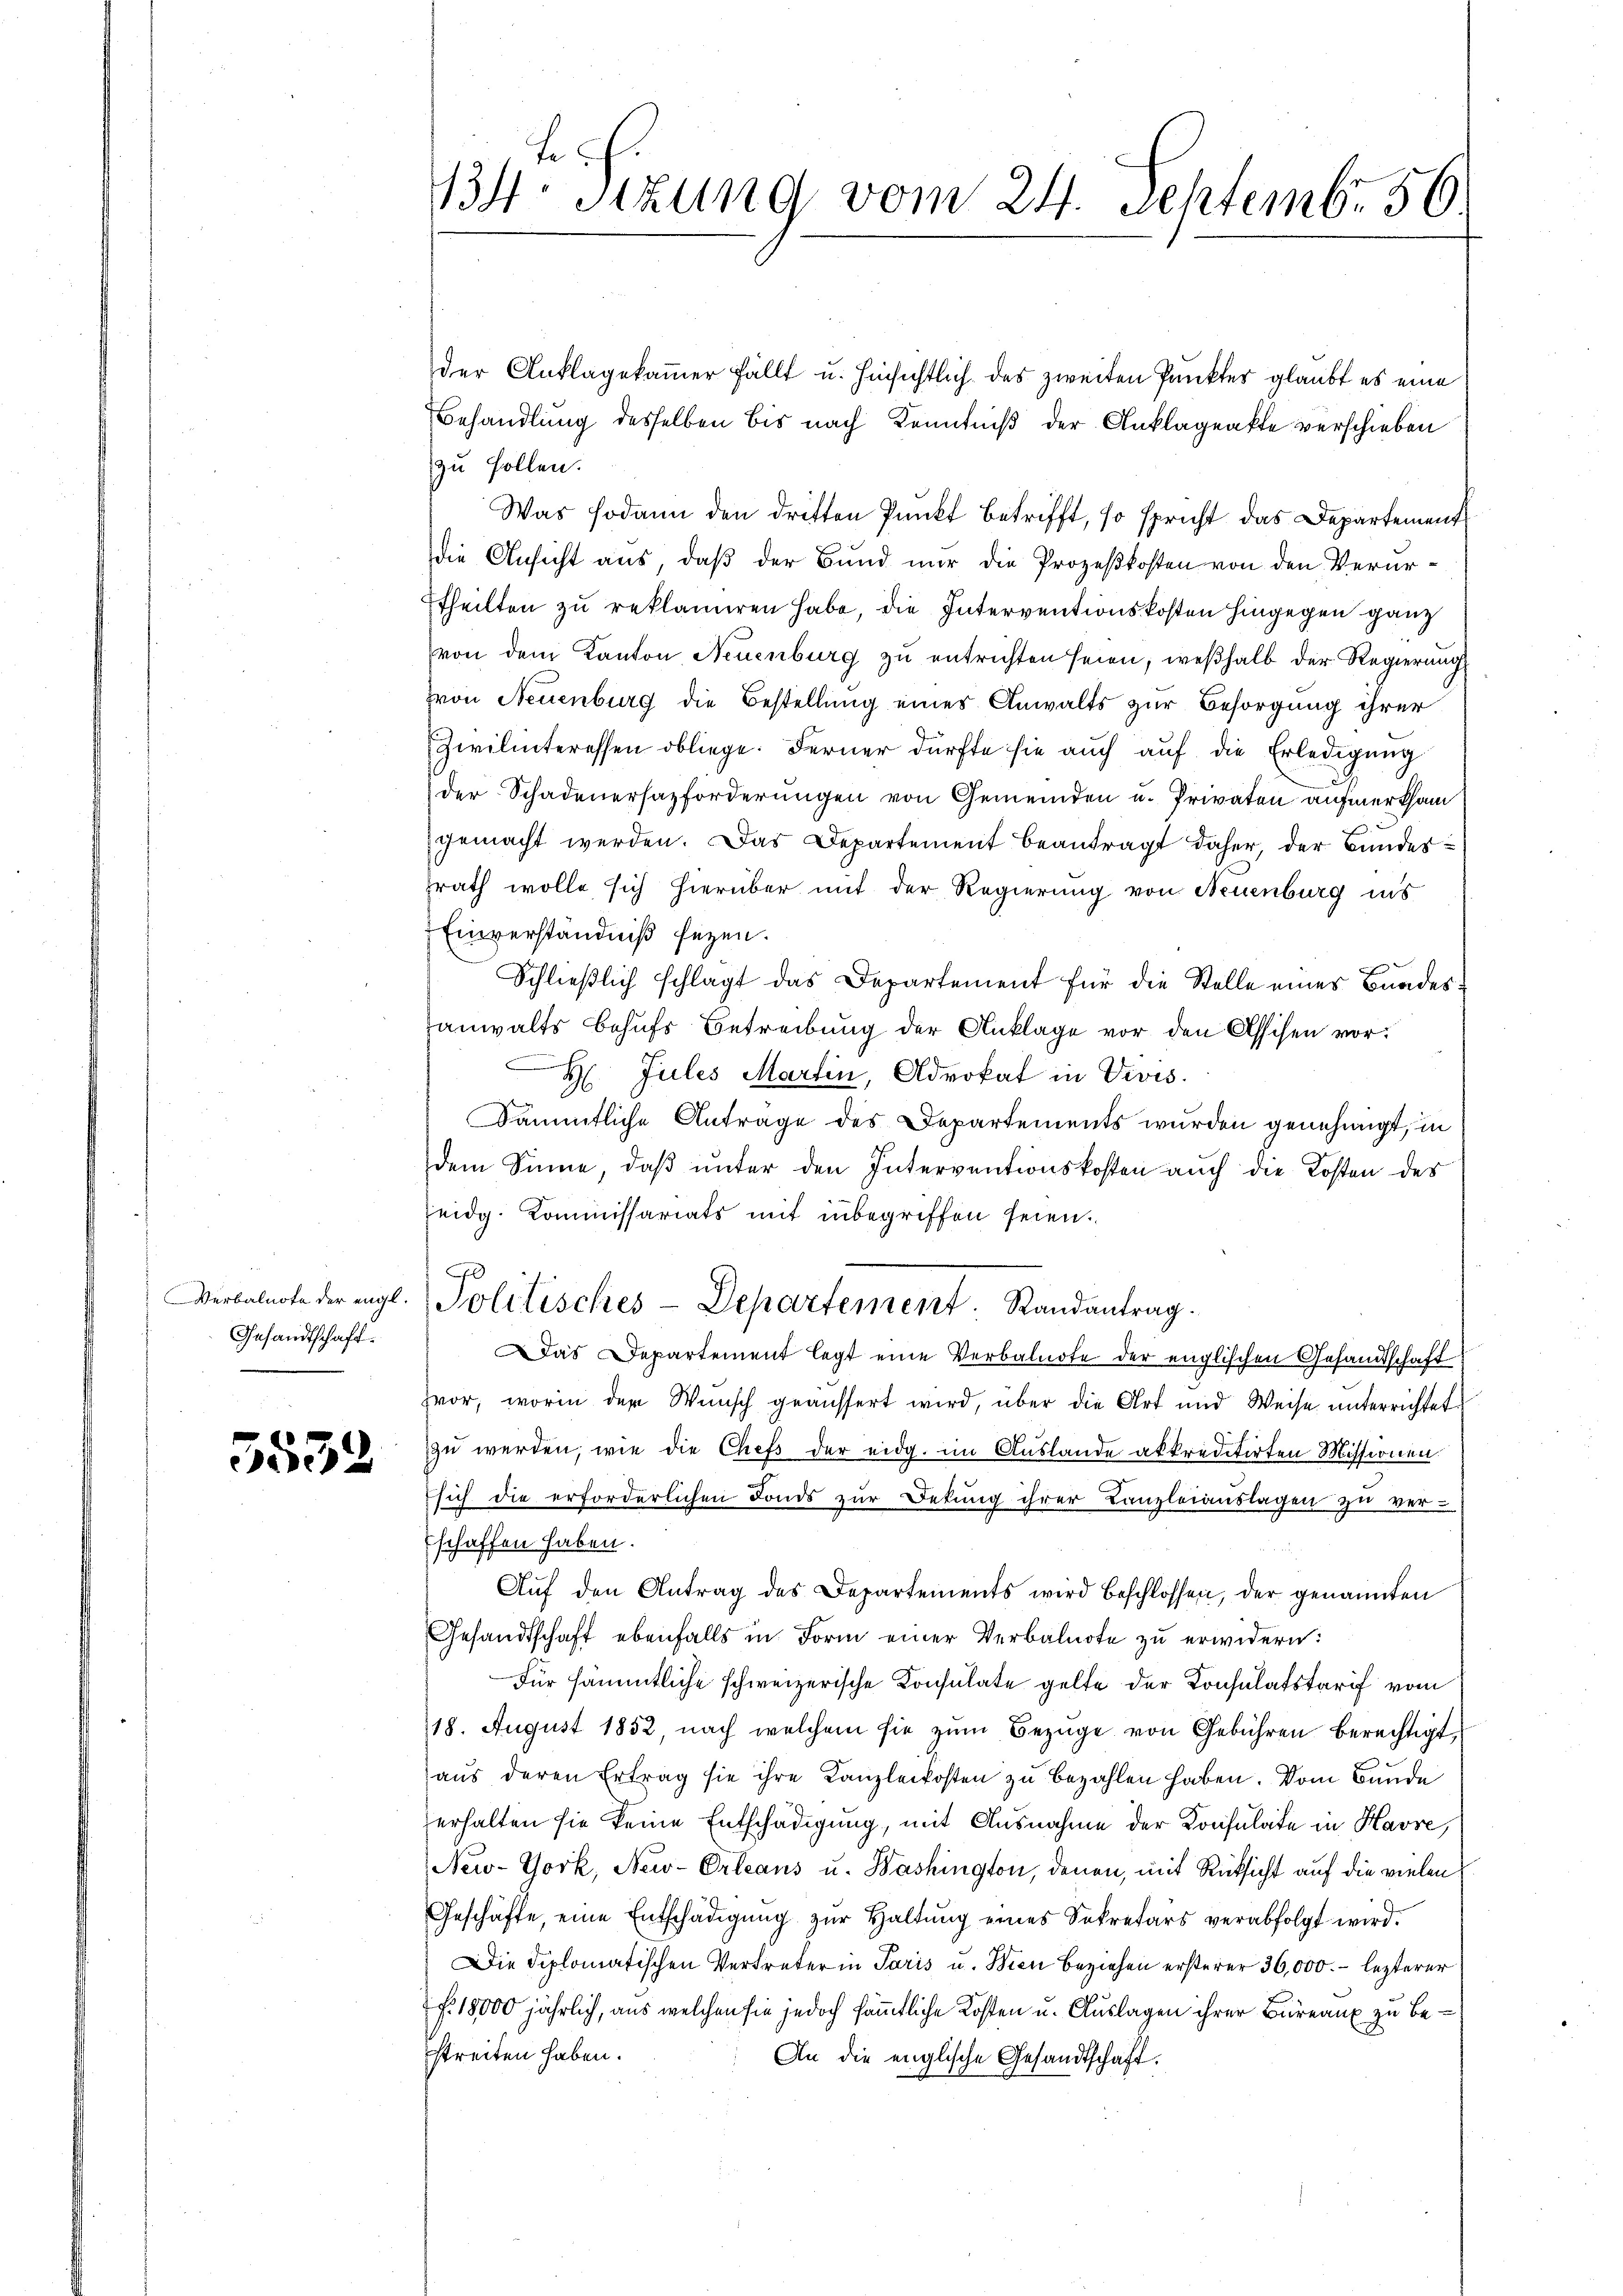
Verbalnote der engl.
Gesandtschaft.
.

5532

13 Stzung vom 24. Septemb. 56

der Anklagekammer fällt u. hinsichtlich des zweiten Punkter glaubt es eine
Behandlung desselben bis nach Kenntniß der Anklageakte verschieben
zu sollen.
Was sodann den dritten Punkt betrifft, so spricht das Departement
die Ansicht aus, daß der Bund nur die Prozeßkosten von den Verurtheilten zu reklamiren habe, die Interventionskosten hingegen ganz
von dem Kanton Neuenburg zŭ entrichten seien, weßhalb der Regierung
Hon Neuenburg die Bestellung eines Anwalts zur Besorgung ihrer
Zwilinteressen obliege. Ferner dürfte sie aŭch aŭf die Erledigŭng
der Schadenerhazforderungen von Gemeinden u. Privaten aufmerksam
gemacht werden. Das Departement beantragt daher, der Bundessrath wolle sich hierüber mit der Regierung von Neuenburg ins
Einverständniß seyen.
Schließlich schlagt das Departement für die Stelle eines Bandesanwalts behufs Betreibung der Anklage vor den Assisen vor¬
Jules Martin, Advokat in Divis.
Sämmtliche Antrage des Departements wurden genehmigt, in
dem Sinne, daß unter den Interventionskosten auch die Kosten des
eidg. Kommissariats mit inbegriffen seien.
0
Politisches-Departement. Randantrag.
Das Departement legt eine Verbalnote der englischen Gesandtschaft
vor, worin der Wunsch geäussert wird, über die Art und Weise ŭnterrichtet
zu werden, wie die Chefs der eidg. im Auslande akkreditirten Missionen.
sich die erforderlichen Fonds zur Bekung ihrer Kanzleiauslagen zu ver-
schaffen haben.
Aŭf den Antrag des Departements wird beschlossen, der genannten
Gesandtschaft ebenfalls in Form einer Verbalnote zŭ erwidern:
Für sämmtliche schweizerische Konsulate gelte der Konsulatstarif vom
118. August 1852, nach welchem sie zŭm Bezüge von Gebühren berechtigt,
aus deren Ertrag sie ihre Kanzleikosten zu bezahlen haben. Vom Bunde
erhalten sie keine Entschädigung, mit Ausnahme der Konsulate in Havre,
New-York, New-Orleans u. Washington, denen, mit Rücksicht auf die vielen
Geschäfte, eine Entschädigŭng zŭr Haltŭng eines Sekretärs verabfolgt wird.
Die Diplomatischen Vertreter in Paris u. Bien beziehen ersterer 36,000. – lezterer
f. 18000 jährlich, aus welchen sie jedoch sämmtliche Kosten u. Auslagen ihrer Büreaux zu bestreiten haben.
An die englische Gesandtschaft.